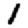
Digit: 1